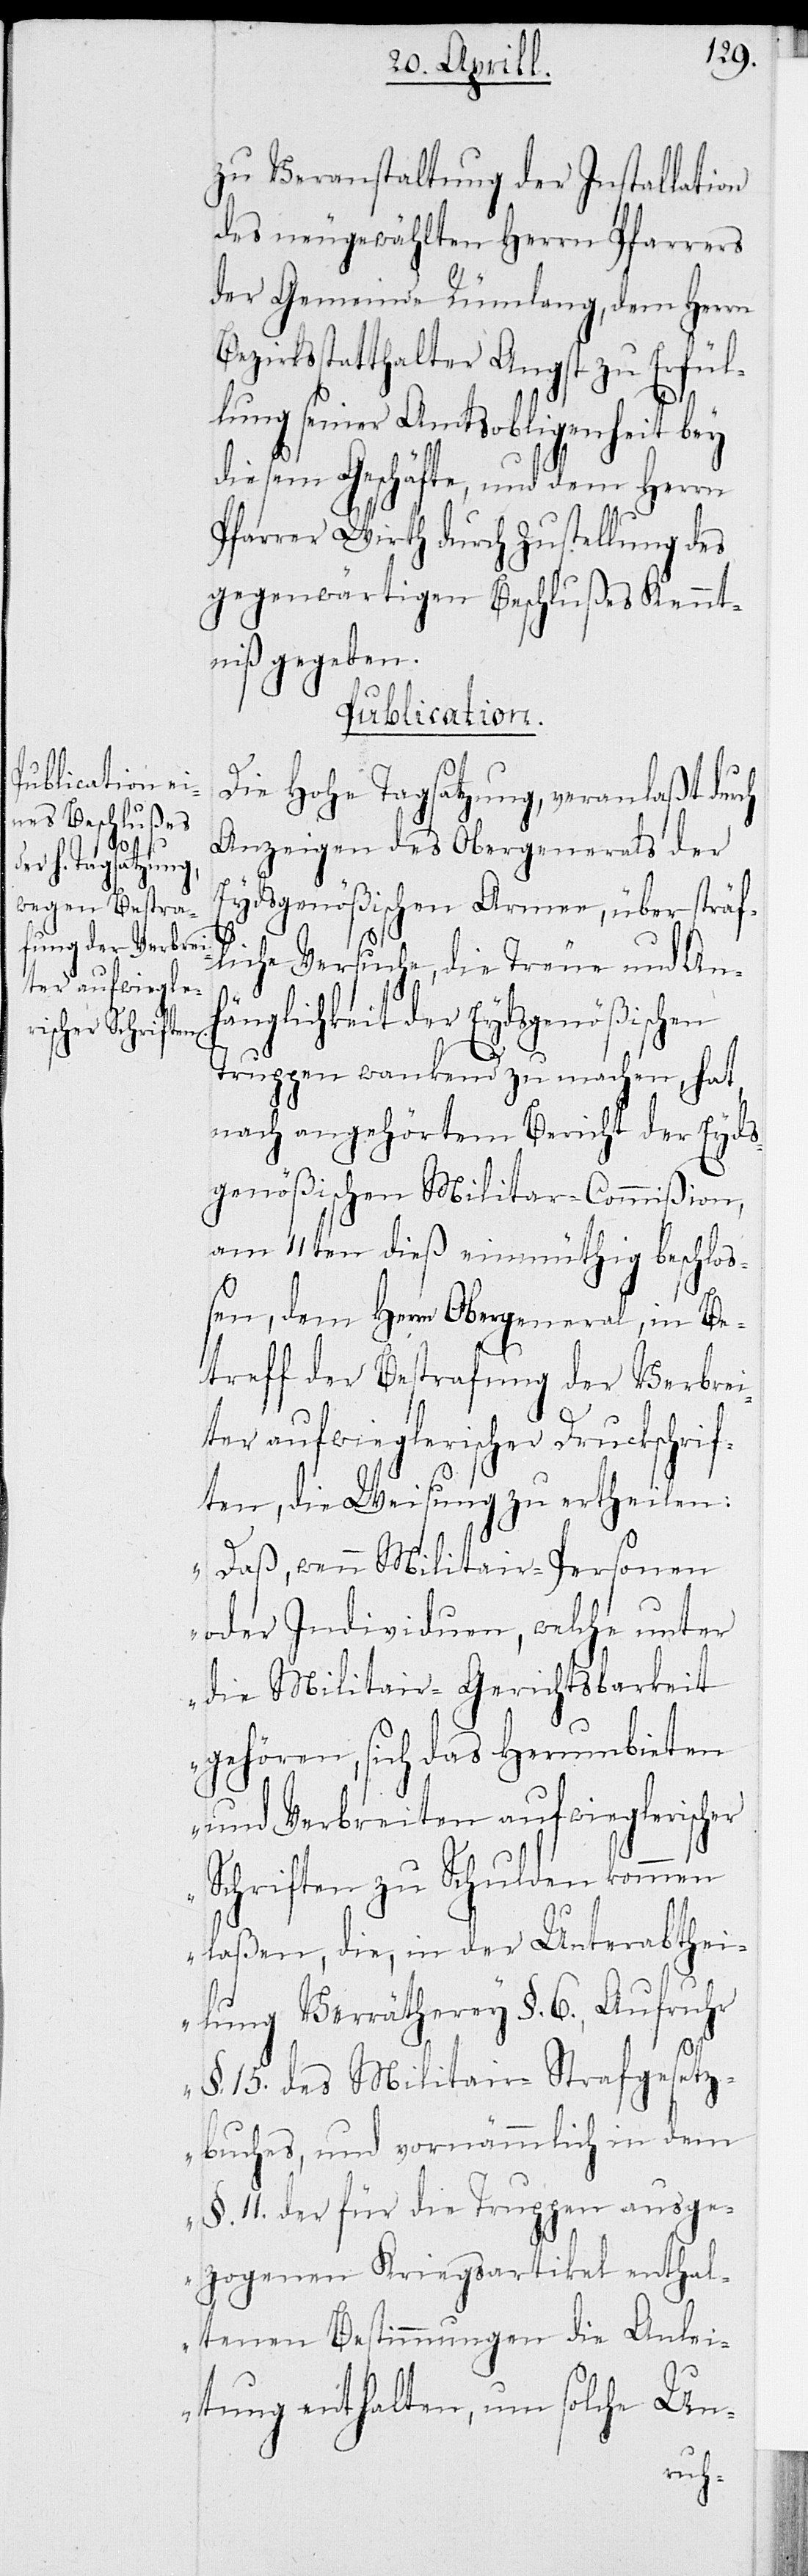
zu Veranstaltung der Installation
des neugewählten Herrn Pfarrers
der Gemeinde Rümlang, dem Herrn
Bezirksstatthalter Angst zu Erfül¬
lung seiner Amtsobligenheit bey
diesem Geschäfte, und dem Herrn
Pfarrer Wirth durch Zustellung des
gegenwärtigen Beschlußes Kennt¬
niß gegeben.
Publication.
Die Hohe Tagsatzung, veranlaßt durch
Anzeigen des Obergenerals der
Eydsgenößischen Armee, über sträf¬
liche Versuche, die Treue und An¬
hänglichkeit der Eydsgenößischen
Truppen wankend zu machen, hat
nach angehörtem Bericht der Eyds¬
genößischen Militar-Commißion,
am 11ten dieß einmüthig beschlo¬
ßen, dem Herrn Obergeneral, in Be¬
treff der Bestrafung der Verbrei¬
ter aufwieglerischer Druckschrif¬
ten, die Weisung zu ertheilen:
„Daß, wenn Militair-Personen
oder Individuen, welche unter
die Militair-Gerichtsbarkeit
gehören, sich das Herumbieten
und Verbreiten aufwieglerischer
Schriften zu Schulden kommen
laßen, die, in der Unterabthei¬
lung Verrätherey §. 6., Aufruhr
§. 15. des Militair-Strafgesetz¬
buches, und vornämmlich in dem
§. 11. der für die Truppen ausge¬
zogenen Kriegsartikel enthal¬
tenen Bestimmungen die Anlei¬
tung enthalten, um solche Un-